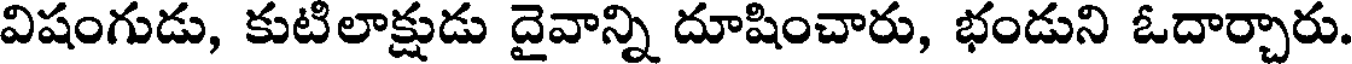
విషంగుడు, కుటిలాక్షుడు దైవాన్ని దూషించారు, భండుని ఓదార్చారు.